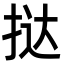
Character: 挞